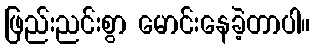
ဖြည်းညင်းစွာ မောင်းနေခဲ့တာပါ။